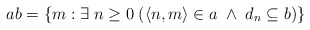
\begin{align*}ab = \{m: \exists \; n\geq 0 \; (\langle n,m\rangle \in a \; \wedge \; d_n\subseteq b)\}\end{align*}